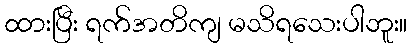
ထားပြီး ရက်အတိကျ မသိရသေးပါဘူး။